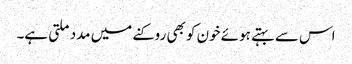
اس سے بہتے ہوئے خون کو بھی روکنے میں مدد ملتی ہے۔